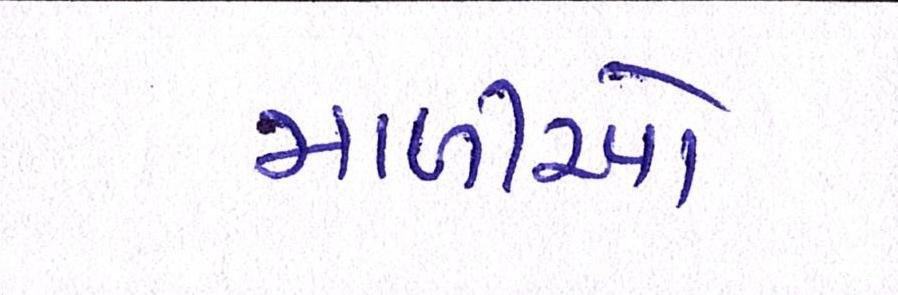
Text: માળીઓ